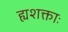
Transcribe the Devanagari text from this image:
ह्यशक्ताः